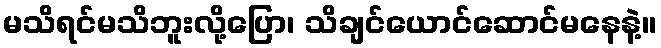
မသိရင်မသိဘူးလို့ပြော၊ သိချင်ယောင်ဆောင်မနေနဲ့။